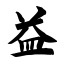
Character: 益